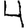
Digit: 4